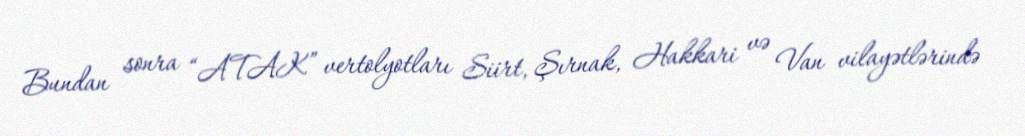
Bundan sonra “ATAK” vertolyotları Siirt, Şırnak, Hakkari və Van vilayətlərində